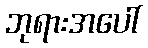
ဘုရားအပေါ်